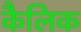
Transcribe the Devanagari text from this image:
कैलिक